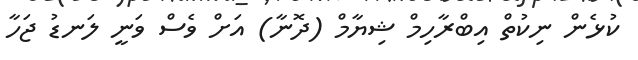
ކުޅެން ނިކުތް އިބްރާހިމް ޝިޔާމް (ދޮނާ) އަށް ވެސް ވަނީ ލަނޑު ޖަހާ